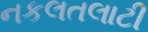
નકલતલાટી